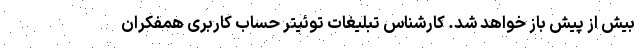
بیش از پیش باز خواهد شد. کارشناس تبلیغات توئیتر حساب کاربری همفکران